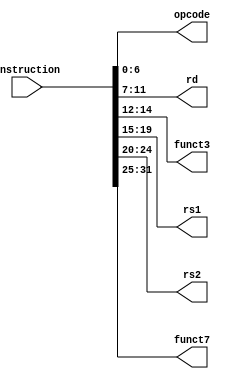
`timescale 1ns / 1ps
//////////////////////////////////////////////////////////////////////////////////
// Company: 
// Engineer: 
// 
// Design Name: 
// Module Name: InsParser
// Project Name: 
// Target Devices: 
// Tool Versions: 
// Description: 
// 
// Dependencies: 
// 
// Revision:
// Revision 0.01 - File Created
// Additional Comments:
// 
//////////////////////////////////////////////////////////////////////////////////


module InsParser
(
	input [31:0] instruction,
	output [6:0] opcode,
	output [4:0] rd,
	output [2:0] funct3,
	output [4:0] rs1,
	output [4:0] rs2,
	output [6:0] funct7
);

assign opcode 	= instruction [6:0];
assign rd 		= instruction [11:7];
assign funct3 	= instruction [14:12];
assign rs1		= instruction [19:15];
assign rs2		= instruction [24:20];
assign funct7	= instruction [31:25];

endmodule